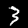
Digit: 3